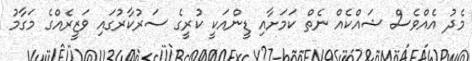
މެދު އެއްވެސް ޝައްކެއް ނެތް ކަމަށާއި ޑީންއަކީ ކުރީގެ ސަރުކާރުގައި ވަޒީރެއްގެ މަގާމު